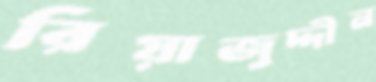
রিয়াজুদ্দীন